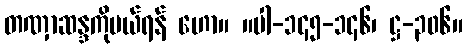
တဏှာဆန္ဒကိုပယ်ရန် ဟော။ ။ပါ-၁၄၅-၁၄၆၊ ဋ္ဌ-၃၀၆။